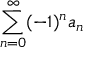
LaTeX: \sum _ { n = 0 } ^ { \infty } ( - 1 ) ^ { n } a _ { n }